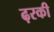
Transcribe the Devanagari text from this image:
ढ़रकी